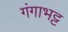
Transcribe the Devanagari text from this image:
गंगाभट्ट